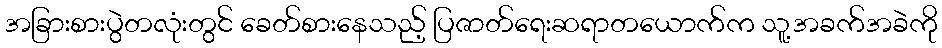
အခြားစားပွဲတလုံးတွင် ခေတ်စားနေသည့် ပြဇာတ်ရေးဆရာတယောက်က သူ့အခက်အခဲကို